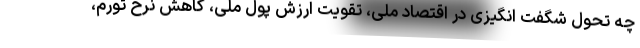
چه تحول شگفت انگیزی در اقتصاد ملی، تقویت ارزش پول ملی، کاهش نرخ تورم،